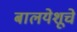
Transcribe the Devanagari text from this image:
बालयेशूचे